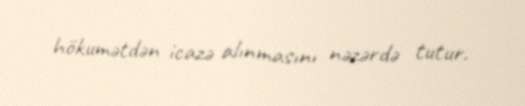
hökumətdən icazə alınmasını nəzərdə tutur.